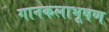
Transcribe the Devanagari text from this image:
गानकलाभूषण